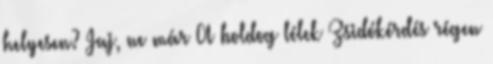
helyesen? Jaj, ne már A boldog lélek Zsidókérdés régen